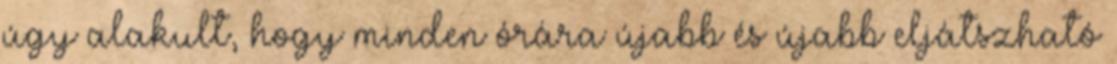
úgy alakult, hogy minden órára újabb és újabb eljátszható